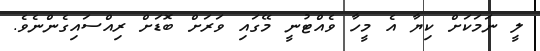
ލީ ނަމަކަށް ކިޔާ އެ މީހާ ވެއްޓުނީ މޭގައި ވަރަށް ބޮަޑަށް ރިއްސައިގެންނެވެ.